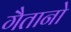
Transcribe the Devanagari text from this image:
गैतानो